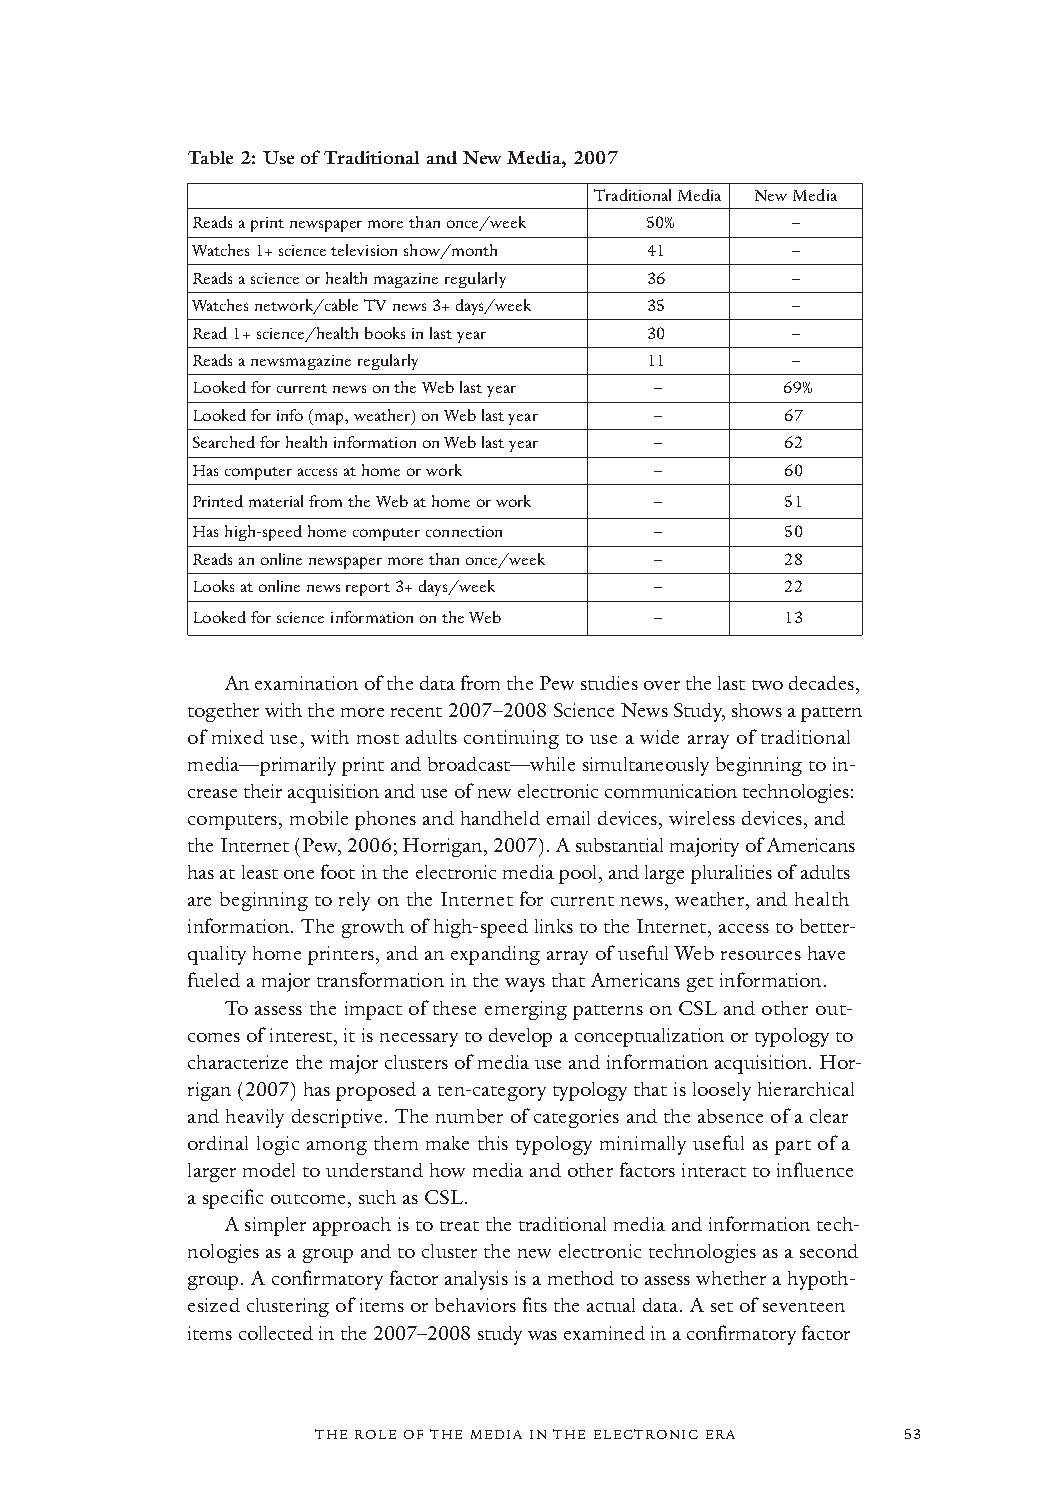
Table 2: Use of Traditional and New Media, 2007
 Traditional Media New Media
 Reads a print newspaper more than once/week 50% –
 Watches 1+ science television show/month 41 –
 Reads a science or health magazine regularly 36 –
 Watches network/cable TV news 3+ days/week 35 –
 Read 1+ science/health books in last year 30 –
 Reads a newsmagazine regularly 11      –
 Looked for current news on the Web last year – 69%
 Looked for info (map, weather) on Web last year – 67
 Searched for health information on Web last year – 62
 Has computer access at home or work –  60
 Printed material from the Web at home or work – 51
 Has high-speed home computer connection – 50
 Reads an online newspaper more than once/week – 28
 Looks at online news report 3+ days/week – 22
 Looked for science information on the Web – 13
 An examination of the data from the Pew studies over the last two decades,
 together with the more recent 2007–2008 Science News Study,shows a pattern
 of mixed use, with most adults continuing to use a wide array of traditional
 media—primarily print and broadcast—while simultaneously beginning to in-
 crease their acquisition and use of new electronic communication technologies:
 computers, mobile phones and handheld email devices, wireless devices, and
 the Internet (Pew, 2006; Horrigan, 2007). A substantial majority of Americans
 has at least one foot in the electronic media pool,and large pluralities of adults
 are beginning to rely on the Internet for current news, weather, and health
 information. The growth of high-speed links to the Internet, access to better-
 quality home printers, and an expanding array of useful Web resources have
 fueled a major transformation in the ways that Americans get information.
 To assess the impact of these emerging patterns on CSL and other out-
 comes of interest, it is necessary to develop a conceptualization or typology to
 characterize the major clusters of media use and information acquisition. Hor-
 rigan (2007) has proposed a ten-category typology that is loosely hierarchical
 and heavily descriptive. The number of categories and the absence of a clear
 ordinal logic among them make this typology minimally useful as part of a
 larger model to understand how media and other factors interact to influence
 a specific outcome,such as CSL.
 A simpler approach is to treat the traditional media and information tech-
 nologies as a group and to cluster the new electronic technologies as a second
 group. A confirmatory factor analysis is a method to assess whether a hypoth-
 esized clustering of items or behaviors fits the actual data. A set of seventeen
 items collected in the 2007–2008studywasexamined in a confirmatory factor
 THE ROLE OF THE MEDIA IN THE ELECTRONIC ERA 53